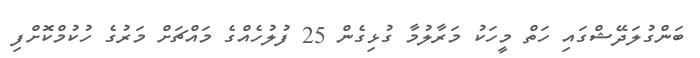
ބަންގުލަދޭޝްގައި ހަތް މީހަކު މަރާލުމާ ގުޅިގެން 25 ފުލުހެއްގެ މައްޗަށް މަރުގެ ހުކުމްކޮށްފި